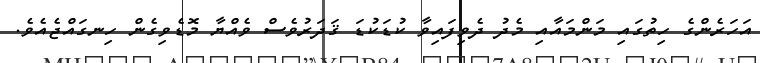
އަހަރެންގެ ހިތުގައި މަންމައާއި މެދު ދެވިފައިވާ ކުޑަކުޑަ ޤަދަރުވެސް ވެއްޔާ މޮޑެވިގެން ހިނގައްޖެއެވެ.